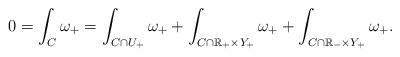
LaTeX: \begin{align*} 0=\int_{C} \omega_+ = \int_{C \cap U_+ }\omega_+ + \int_{C \cap \mathbb{R}_+ \times Y_+ }\omega_+ +\int_{C \cap \mathbb{R}_- \times Y_+ }\omega_+.\end{align*}